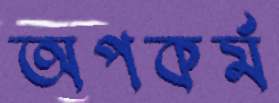
অপকর্ম